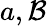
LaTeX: a,\mathcal{B}